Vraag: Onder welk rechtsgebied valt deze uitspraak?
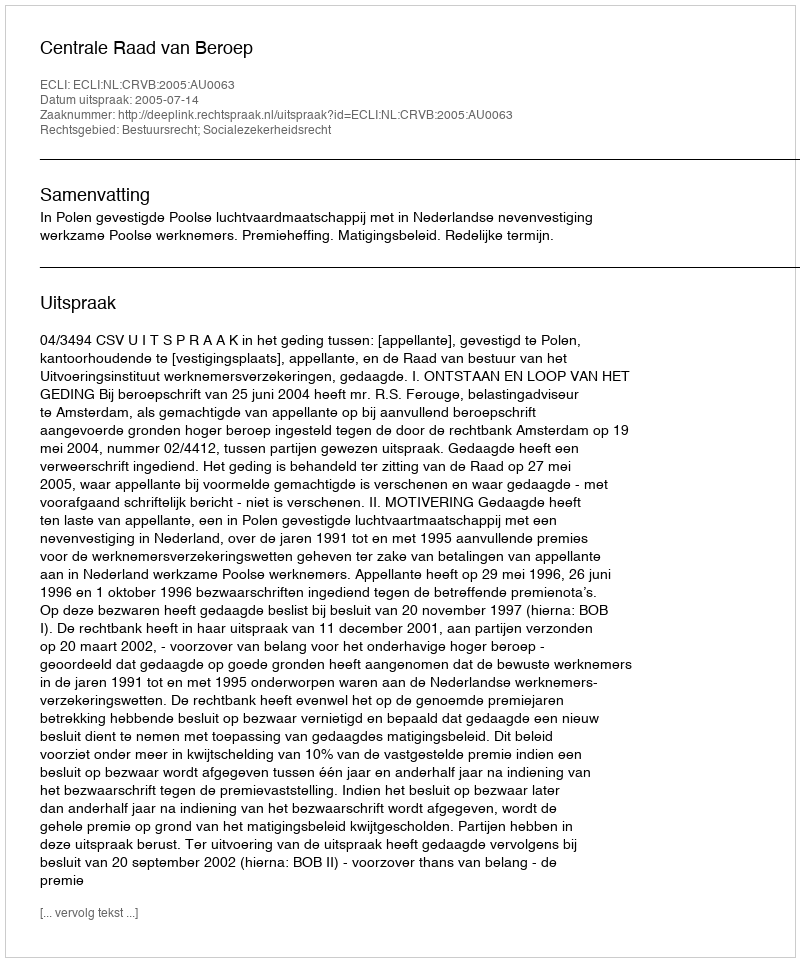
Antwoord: Bestuursrecht; Socialezekerheidsrecht